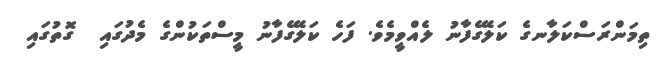
ތިމަންރަސްކަލާނގެ ކަލޭގެފާނު ލެއްވީމެވެ. ފަހެ ކަލޭގެފާނު މީސްތަކުންގެ މެދުގައި  ގޮތުގައި